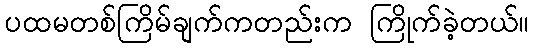
ပထမတစ်ကြိမ်ချက်ကတည်းက ကြိုက်ခဲ့တယ်။